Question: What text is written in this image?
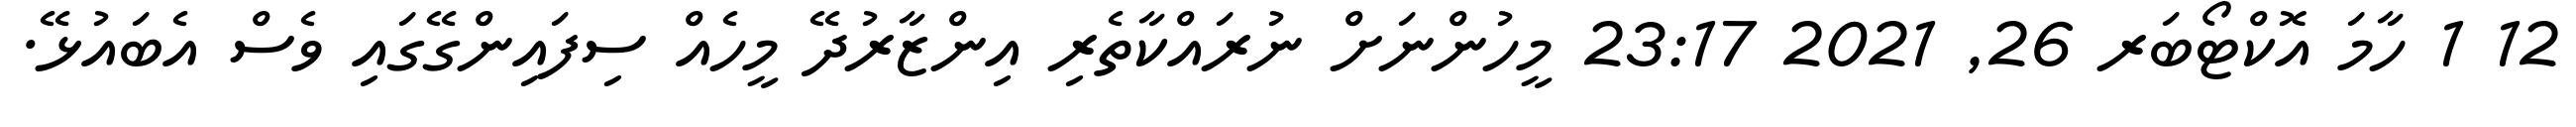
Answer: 12 1 ހާމަ އޮކްޓޯބަރ 26, 2021 23:17 މީހުންނަށް ނުރައްކާތެރި އިންޒާރުދޭ މީހެއް ސިފައިންގޭގައި ވެސް އެބައުޅޭ.